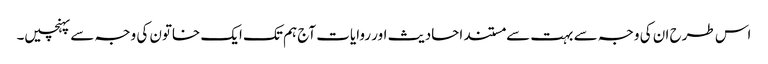
اس طرح ان کی وجہ سے بہت سے مستند احادیث اور روایات آج ہم تک ایک خاتون کی وجہ سے پہنچیں۔